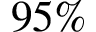
9 5 \%